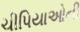
ચીપિયાઓની